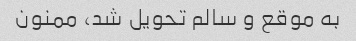
به موقع و سالم تحویل شد، ممنون